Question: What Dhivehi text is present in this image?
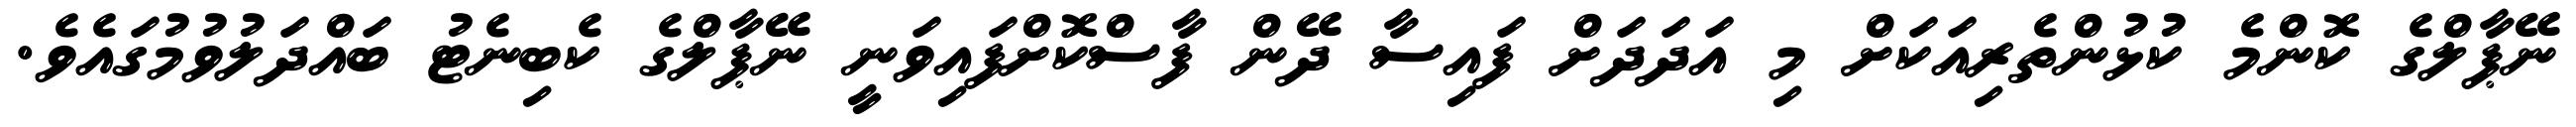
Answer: ނޭޕާލްގެ ކޮންމެ ކުޅުންތެރިއަކަށް މި އަދަދަށް ފައިސާ ދޭން ފާސްކޮށްފައިވަނީ ނޭޕާލްގެ ކެބިނެޓު ބައްދަލުވުމުގައެވެ.